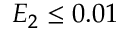
E _ { 2 } \leq 0 . 0 1 \